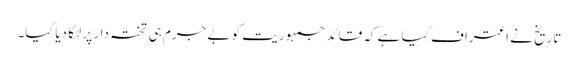
تاریخ نے اعتراف کیا ہے کہ قائد جمہوریت کو بے جرم ہی تختہ دار پر لٹکا دیا گیا۔